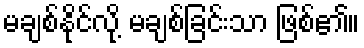
မချစ်နိုင်လို့ မချစ်ခြင်းသာ ဖြစ်၏။